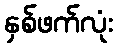
နှစ်ဖက်လုံး